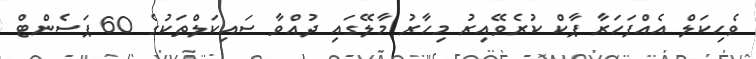
ވެހިކަލް އެއްފަހަރާ ޕާކް ކުރެވޭއިރު މިހާރު މާލޭގައި ދުއްވާ ސައިކަލްތަކުގެ 60 ޕަސެންޓް